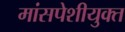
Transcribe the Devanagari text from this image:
मांसपेशीयुक्त